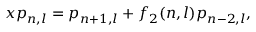
x p _ { n , l } = p _ { n + 1 , l } + f _ { 2 } ( n , l ) p _ { n - 2 , l } ,